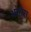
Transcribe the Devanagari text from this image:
भांगरा